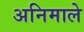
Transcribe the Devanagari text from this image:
अनिमाले